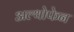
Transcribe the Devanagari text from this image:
अल्थोफेन